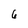
Character: 6